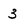
Character: 3